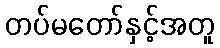
တပ်မတော်နှင့်အတူ